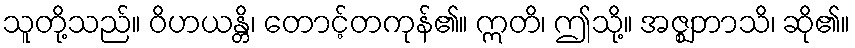
သူတို့သည်။ ဝိဟယန္တိ၊ တောင့်တကုန်၏။ ဣတိ၊ ဤသို့။ အဇ္ဈဘာသိ၊ ဆို၏။